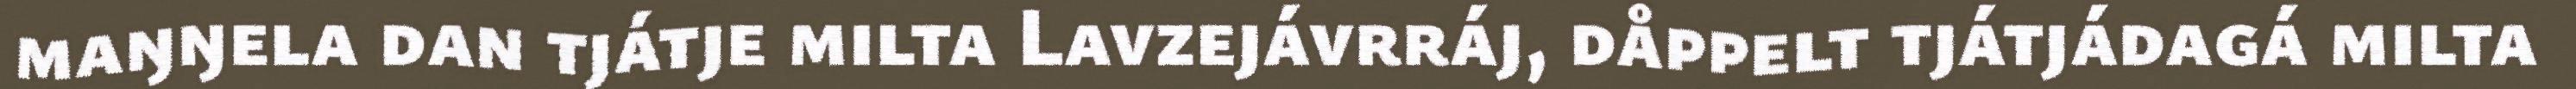
maŋŋela dan tjátje milta Lavzejávrráj, dåppelt tjátjádagá milta